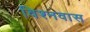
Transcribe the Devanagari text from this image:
विश्नवास